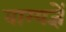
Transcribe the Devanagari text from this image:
वाग्यज्ञें